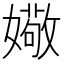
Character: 𫱻